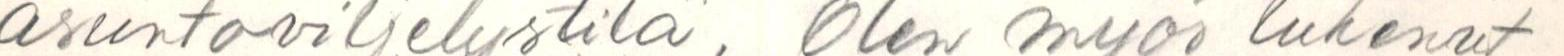
asuntoviljelystila, Olen myös lukenut